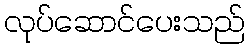
လုပ်ဆောင်ပေးသည်